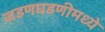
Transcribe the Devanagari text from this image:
जडणघडणीमध्ये